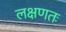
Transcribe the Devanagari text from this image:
लक्षणतः